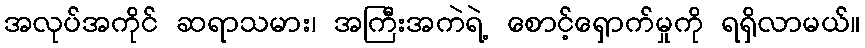
အလုပ်အကိုင် ဆရာသမား၊ အကြီးအကဲရဲ့ စောင့်ရှောက်မှုကို ရရှိလာမယ်။